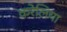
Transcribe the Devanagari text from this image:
करेलिया